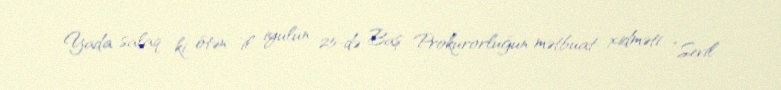
Yada salaq ki, ötən il iyulun 25-də Baş Prokurorluğun mətbuat xidməti “Sevil